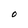
Character: O